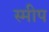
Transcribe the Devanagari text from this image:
स्मीप